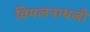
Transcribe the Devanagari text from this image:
विमलनाथजी